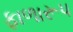
ફાળારૂપ